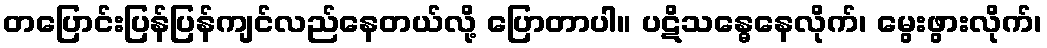
တပြောင်းပြန်ပြန်ကျင်လည်နေတယ်လို့ ပြောတာပါ။ ပဋိသန္ဓေနေလိုက်၊ မွေးဖွားလိုက်၊